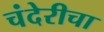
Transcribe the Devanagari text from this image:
चंदेरीचा